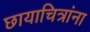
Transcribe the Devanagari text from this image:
छायाचित्रांना